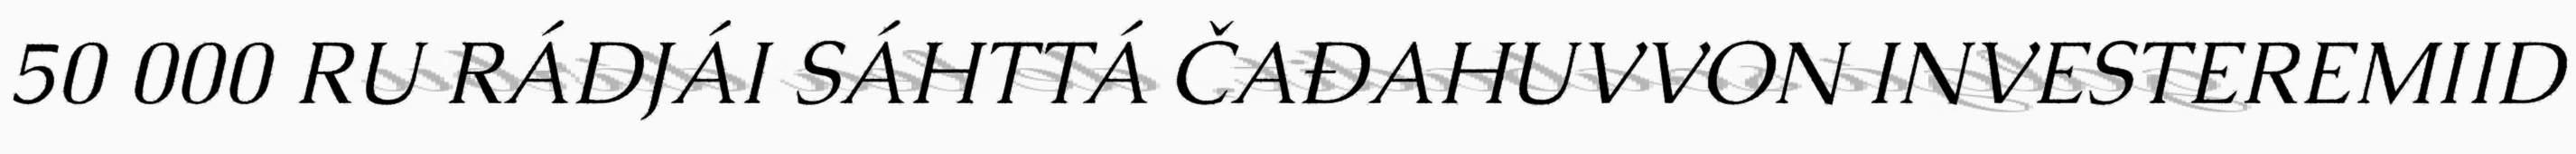
50 000 RU RÁDJÁI SÁHTTÁ ČAĐAHUVVON INVESTEREMIID